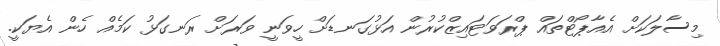
މިސާލަކަށް އެއާޕޯޓްތައް ޕްރަވަޓައިޒްކުރުން އަޅުގަނޑަށް ހީވަނީ ވަރަށް ރަނގަޅު ކަމެއް ހެން އެޔަކީ.